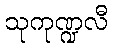
သုကုဏ္ဍလီ